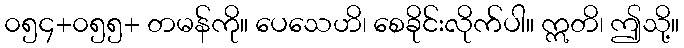
၀၅၄+၀၅၅+ တမန်ကို။ ပေသေဟိ၊ စေခိုင်းလိုက်ပါ။ ဣတိ၊ ဤသို့။